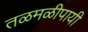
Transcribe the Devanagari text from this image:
तळमळीपायी